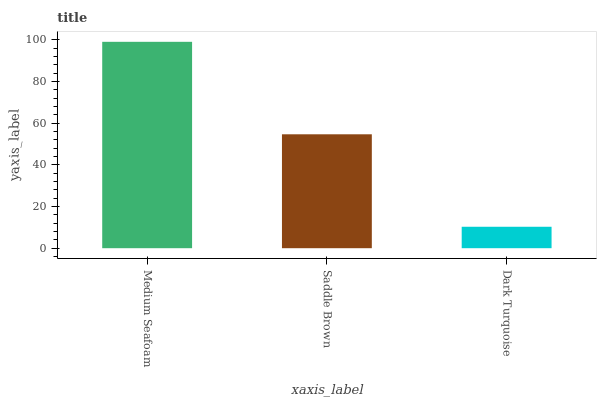
| xaxis_label | bars |
 | --- | --- |
 | Medium Seafoam | 99 |
 | Saddle Brown | 54.6 |
 | Dark Turquoise | 10.3 |